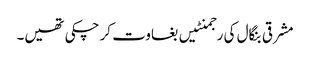
مشرقی بنگال کی رجمنٹیں بغاوت کر چکی تھیں۔